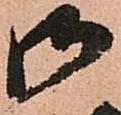
御